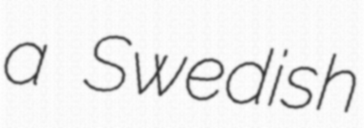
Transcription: a Swedish